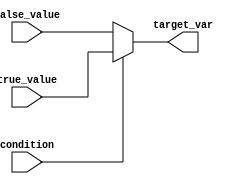
module conditional_operator_example (
    input wire condition,       // Input condition (Boolean)
    input wire [7:0] true_value,  // Value assigned if condition is true
    input wire [7:0] false_value, // Value assigned if condition is false
    output reg [7:0] target_var  // Target variable for assignment
);

    always @(*) begin
        // Using the conditional operator for assignment
        target_var = (condition) ? true_value : false_value;
    end

endmodule